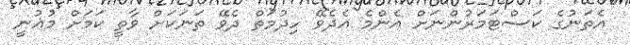
އެތަނުގެ ކަސްޓަމަރުންނަށް އެންމެ އެދެވޭ ހިދުމަތް ދެވޭ ތަނަކަށް ވާތީ ކަމަށް މުޣުނީ